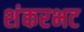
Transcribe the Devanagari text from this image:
शंकरभट